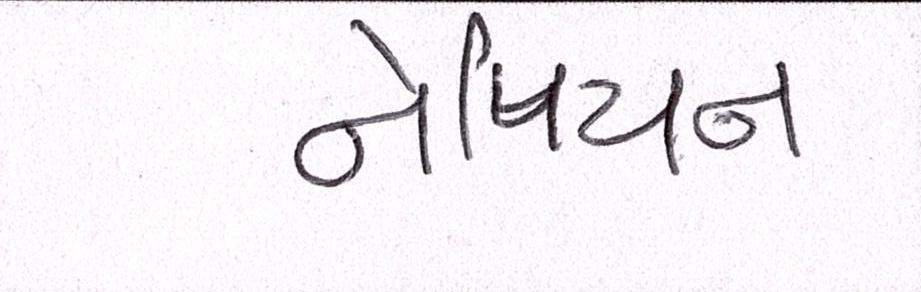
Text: નેપિયન